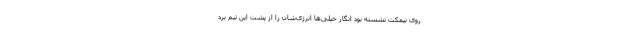
روی نیمکت نشسته بود انگار خیلی‌ها انرژی‌شان را از پشت این تیم برد